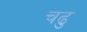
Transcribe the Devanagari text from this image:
चढु